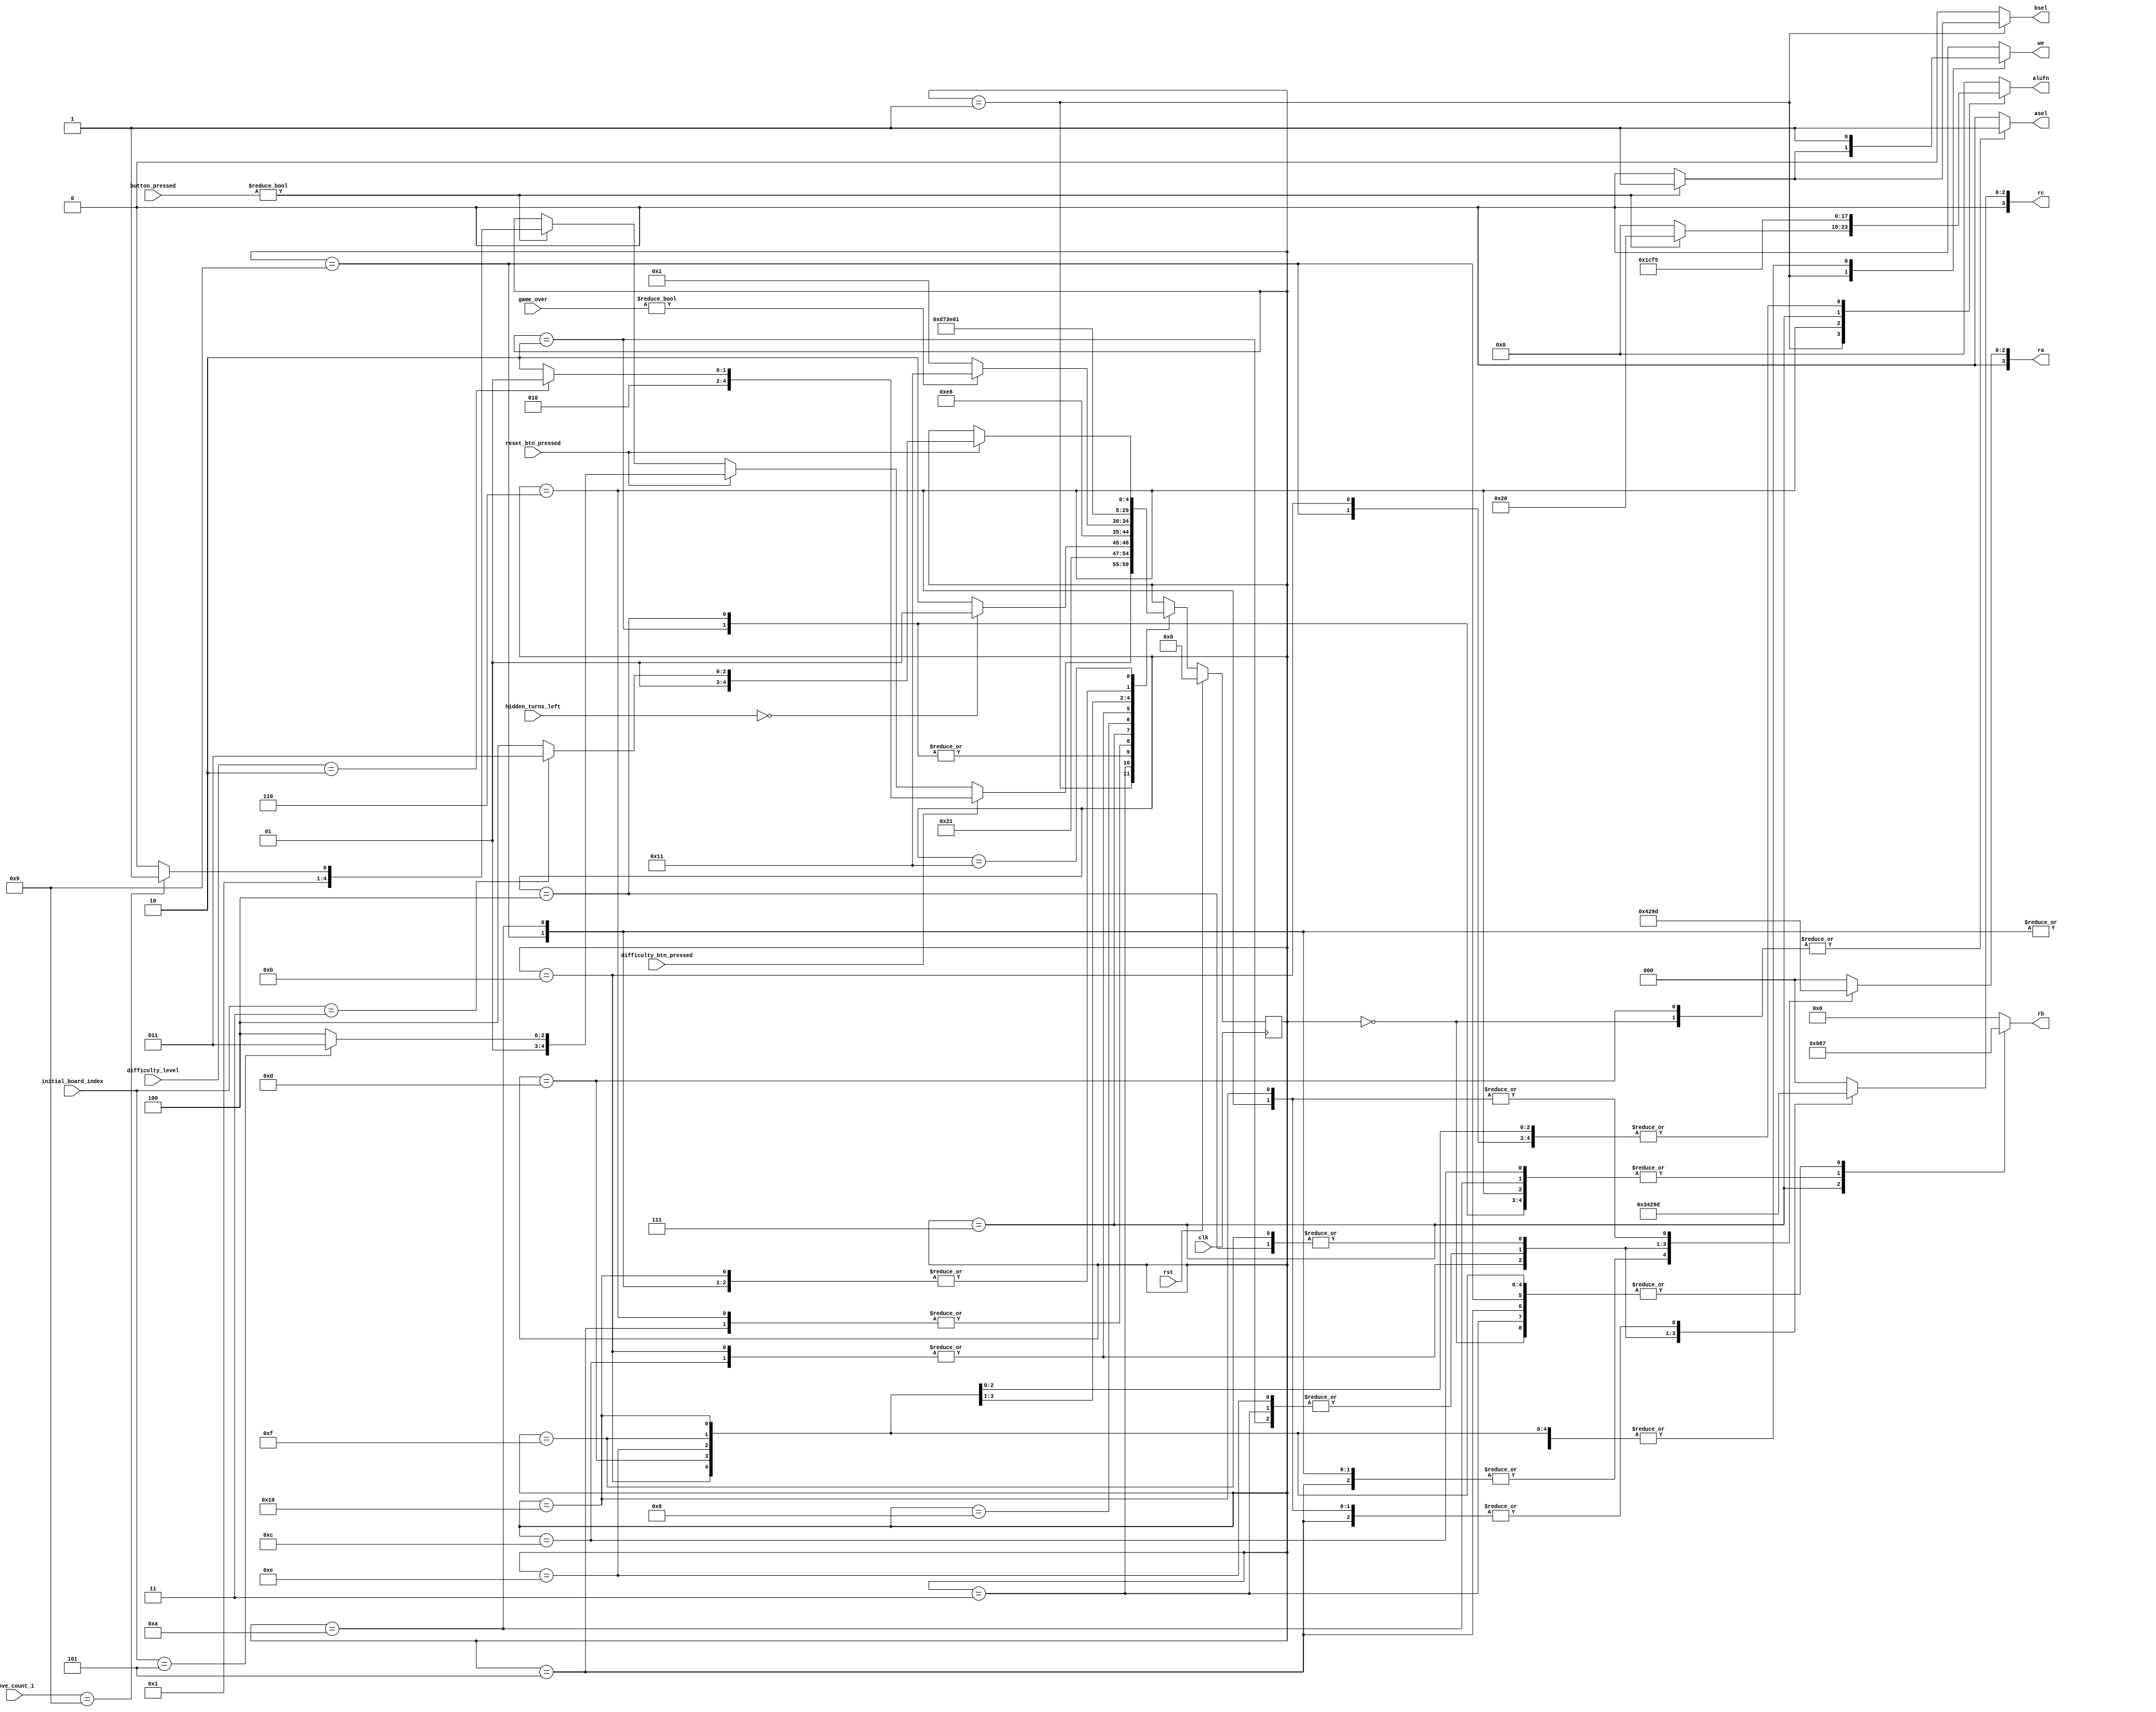
/*
   This file was generated automatically by Alchitry Labs version 1.2.7.
   Do not edit this file directly. Instead edit the original Lucid source.
   This is a temporary file and any changes made to it will be destroyed.
*/

module game_fsm_6 (
    input clk,
    input rst,
    input [15:0] button_pressed,
    input reset_btn_pressed,
    input difficulty_btn_pressed,
    output reg we,
    output reg [3:0] ra,
    output reg [3:0] rb,
    output reg [3:0] rc,
    output reg asel,
    output reg bsel,
    output reg [5:0] alufn,
    input [15:0] initial_board_index,
    input [15:0] move_count_1,
    input [15:0] difficulty_level,
    input [15:0] hidden_turns_left,
    input [15:0] game_over
  );
  
  
  
  
  localparam INITIALIZE_BOARD_STATE_game_state = 5'd0;
  localparam AWAIT_INPUT_game_state = 5'd1;
  localparam INCREMENT_MOVE_COUNT_1_game_state = 5'd2;
  localparam SET_MOVE_COUNT_1_TO_ZERO_game_state = 5'd3;
  localparam INCREMENT_MOVE_COUNT_2_game_state = 5'd4;
  localparam ASSIGN_HIDDEN_TURNS_game_state = 5'd5;
  localparam DECREMENT_HIDDEN_TURNS_game_state = 5'd6;
  localparam CHECK_BOARD_game_state = 5'd7;
  localparam CHECK_FOR_GAME_OVER_game_state = 5'd8;
  localparam RESET_DIFFICULTY_game_state = 5'd9;
  localparam INCREMENT_DIFFICULTY_game_state = 5'd10;
  localparam RESET_INITIAL_BOARD_STATE_INDEX_game_state = 5'd11;
  localparam INCREMENT_INITIAL_BOARD_STATE_INDEX_game_state = 5'd12;
  localparam ASSIGN_NEW_BOARD_STATE_game_state = 5'd13;
  localparam RESET_MOVE_COUNT_1_game_state = 5'd14;
  localparam RESET_MOVE_COUNT_2_game_state = 5'd15;
  localparam SET_HIDDEN_TURNS_TO_ZERO_game_state = 5'd16;
  localparam GAME_OVER_game_state = 5'd17;
  
  reg [4:0] M_game_state_d, M_game_state_q = INITIALIZE_BOARD_STATE_game_state;
  
  always @* begin
    M_game_state_d = M_game_state_q;
    
    we = 1'h0;
    ra = 1'h0;
    rb = 1'h0;
    rc = 1'h0;
    asel = 1'h0;
    bsel = 1'h0;
    alufn = 6'h00;
    
    case (M_game_state_q)
      INITIALIZE_BOARD_STATE_game_state: begin
        we = 1'h1;
        ra = 1'h0;
        rb = 3'h7;
        rc = 1'h0;
        asel = 1'h1;
        bsel = 1'h0;
        alufn = 6'h00;
        M_game_state_d = AWAIT_INPUT_game_state;
      end
      AWAIT_INPUT_game_state: begin
        if (button_pressed != 16'h0000) begin
          we = 1'h1;
          ra = 1'h0;
          rb = 1'h0;
          rc = 1'h0;
          asel = 1'h0;
          bsel = 1'h1;
          alufn = 6'h20;
          if (move_count_1 == 4'h9) begin
            M_game_state_d = SET_MOVE_COUNT_1_TO_ZERO_game_state;
          end else begin
            M_game_state_d = INCREMENT_MOVE_COUNT_1_game_state;
          end
        end
        if (reset_btn_pressed) begin
          if (initial_board_index == 3'h5) begin
            M_game_state_d = RESET_INITIAL_BOARD_STATE_INDEX_game_state;
          end else begin
            M_game_state_d = INCREMENT_INITIAL_BOARD_STATE_INDEX_game_state;
          end
        end
        if (difficulty_btn_pressed) begin
          if (difficulty_level == 2'h2) begin
            M_game_state_d = RESET_DIFFICULTY_game_state;
          end else begin
            M_game_state_d = INCREMENT_DIFFICULTY_game_state;
          end
        end
      end
      INCREMENT_MOVE_COUNT_1_game_state: begin
        we = 1'h1;
        ra = 2'h2;
        rb = 4'h8;
        rc = 2'h2;
        asel = 1'h0;
        bsel = 1'h0;
        alufn = 6'h00;
        if (hidden_turns_left == 1'h0) begin
          M_game_state_d = ASSIGN_HIDDEN_TURNS_game_state;
        end else begin
          M_game_state_d = DECREMENT_HIDDEN_TURNS_game_state;
        end
      end
      SET_MOVE_COUNT_1_TO_ZERO_game_state: begin
        we = 1'h1;
        ra = 2'h2;
        rb = 3'h7;
        rc = 2'h2;
        asel = 1'h0;
        bsel = 1'h0;
        alufn = 6'h35;
        M_game_state_d = INCREMENT_MOVE_COUNT_2_game_state;
      end
      INCREMENT_MOVE_COUNT_2_game_state: begin
        we = 1'h1;
        ra = 2'h3;
        rb = 4'h8;
        rc = 2'h3;
        asel = 1'h0;
        bsel = 1'h0;
        alufn = 6'h00;
        if (hidden_turns_left == 1'h0) begin
          M_game_state_d = ASSIGN_HIDDEN_TURNS_game_state;
        end else begin
          M_game_state_d = DECREMENT_HIDDEN_TURNS_game_state;
        end
      end
      ASSIGN_HIDDEN_TURNS_game_state: begin
        we = 1'h1;
        ra = 3'h4;
        rb = 3'h7;
        rc = 3'h5;
        asel = 1'h0;
        bsel = 1'h0;
        alufn = 6'h00;
        M_game_state_d = CHECK_BOARD_game_state;
      end
      DECREMENT_HIDDEN_TURNS_game_state: begin
        we = 1'h1;
        ra = 3'h5;
        rb = 4'h8;
        rc = 3'h5;
        asel = 1'h0;
        bsel = 1'h0;
        alufn = 6'h01;
        M_game_state_d = CHECK_BOARD_game_state;
      end
      CHECK_BOARD_game_state: begin
        we = 1'h1;
        ra = 1'h0;
        rb = 4'h9;
        rc = 3'h6;
        asel = 1'h0;
        bsel = 1'h0;
        alufn = 6'h33;
        M_game_state_d = CHECK_FOR_GAME_OVER_game_state;
      end
      CHECK_FOR_GAME_OVER_game_state: begin
        if (game_over) begin
          M_game_state_d = GAME_OVER_game_state;
        end else begin
          M_game_state_d = AWAIT_INPUT_game_state;
        end
      end
      RESET_DIFFICULTY_game_state: begin
        we = 1'h1;
        ra = 3'h4;
        rb = 3'h7;
        rc = 3'h4;
        asel = 1'h0;
        bsel = 1'h0;
        alufn = 6'h35;
        M_game_state_d = AWAIT_INPUT_game_state;
      end
      INCREMENT_DIFFICULTY_game_state: begin
        we = 1'h1;
        ra = 3'h4;
        rb = 4'h8;
        rc = 3'h4;
        asel = 1'h0;
        bsel = 1'h0;
        alufn = 6'h00;
        M_game_state_d = AWAIT_INPUT_game_state;
      end
      INCREMENT_INITIAL_BOARD_STATE_INDEX_game_state: begin
        we = 1'h1;
        ra = 1'h1;
        rb = 4'h8;
        rc = 1'h1;
        asel = 1'h0;
        bsel = 1'h0;
        alufn = 6'h00;
        M_game_state_d = ASSIGN_NEW_BOARD_STATE_game_state;
      end
      RESET_INITIAL_BOARD_STATE_INDEX_game_state: begin
        we = 1'h1;
        ra = 1'h1;
        rb = 3'h7;
        rc = 1'h1;
        asel = 1'h0;
        bsel = 1'h0;
        alufn = 6'h35;
        M_game_state_d = ASSIGN_NEW_BOARD_STATE_game_state;
      end
      ASSIGN_NEW_BOARD_STATE_game_state: begin
        we = 1'h1;
        ra = 1'h0;
        rb = 3'h7;
        rc = 1'h0;
        asel = 1'h1;
        bsel = 1'h0;
        alufn = 6'h00;
        M_game_state_d = RESET_MOVE_COUNT_1_game_state;
      end
      RESET_MOVE_COUNT_1_game_state: begin
        we = 1'h1;
        ra = 2'h2;
        rb = 3'h7;
        rc = 2'h2;
        asel = 1'h0;
        bsel = 1'h0;
        alufn = 6'h35;
        M_game_state_d = RESET_MOVE_COUNT_2_game_state;
      end
      RESET_MOVE_COUNT_2_game_state: begin
        we = 1'h1;
        ra = 2'h3;
        rb = 3'h7;
        rc = 2'h3;
        asel = 1'h0;
        bsel = 1'h0;
        alufn = 6'h35;
        M_game_state_d = SET_HIDDEN_TURNS_TO_ZERO_game_state;
      end
      SET_HIDDEN_TURNS_TO_ZERO_game_state: begin
        we = 1'h1;
        ra = 3'h5;
        rb = 3'h7;
        rc = 3'h5;
        asel = 1'h0;
        bsel = 1'h0;
        alufn = 6'h35;
        M_game_state_d = AWAIT_INPUT_game_state;
      end
      GAME_OVER_game_state: begin
        if (reset_btn_pressed) begin
          if (initial_board_index == 2'h3) begin
            M_game_state_d = RESET_INITIAL_BOARD_STATE_INDEX_game_state;
          end else begin
            M_game_state_d = INCREMENT_INITIAL_BOARD_STATE_INDEX_game_state;
          end
        end
      end
    endcase
  end
  
  always @(posedge clk) begin
    if (rst == 1'b1) begin
      M_game_state_q <= 1'h0;
    end else begin
      M_game_state_q <= M_game_state_d;
    end
  end
  
endmodule